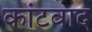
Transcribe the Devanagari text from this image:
कांटवाद